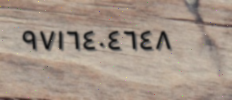
٩٧١٦٤٠٤٦٤٨